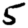
Digit: 5